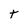
Character: t